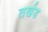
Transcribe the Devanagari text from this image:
तर्खड